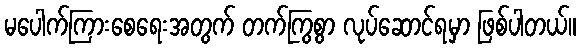
မပေါက်ကြားစေရေးအတွက် တက်ကြွစွာ လုပ်ဆောင်ရမှာ ဖြစ်ပါတယ်။